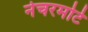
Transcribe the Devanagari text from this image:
नेचरमोर्टे